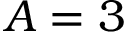
A = 3